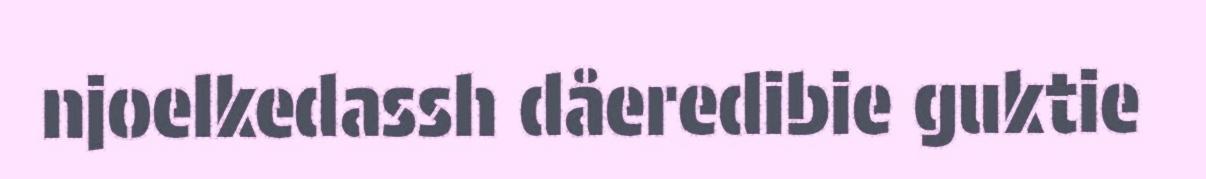
njoelkedassh dåeredibie guktie